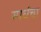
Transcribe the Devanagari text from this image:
स्पर्धचा